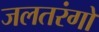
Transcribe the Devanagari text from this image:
जलतरंगों